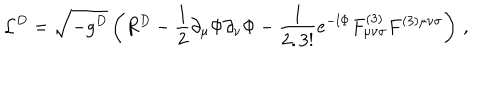
{ \cal L } ^ { D } = \sqrt { - g ^ { D } } \left( R ^ { D } - \frac { 1 } { 2 } \partial _ { \mu } \Phi \partial _ { \nu } \Phi - { \frac { 1 } { 2 . 3 ! } } e ^ { - l \Phi } F _ { \mu \nu \sigma } ^ { ( 3 ) } F ^ { ( 3 ) \mu \nu \sigma } \right) \, ,